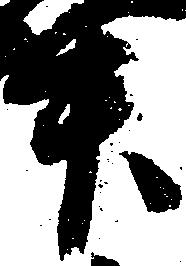
升